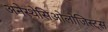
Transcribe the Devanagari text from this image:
अनेस्थेसिओलोजिस्ट्स